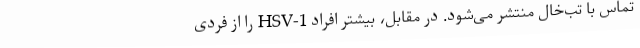
تماس با تب‌خال منتشر می‌شود. در مقابل، بیشتر افراد HSV-1 را از فردی